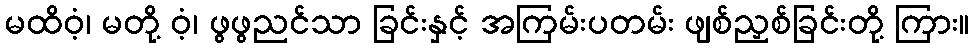
မထိဝံ့၊ မတို့ ဝံ့၊ ဖွဖွညင်သာ ခြင်းနှင့် အကြမ်းပတမ်း ဖျစ်ညှစ်ခြင်းတို့ ကြား။